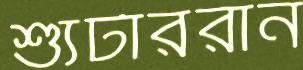
শ্যুটাররান